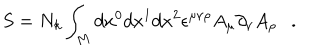
S = N _ { k } \int _ { M } d x ^ { 0 } d x ^ { 1 } d x ^ { 2 } \epsilon ^ { \mu \nu \rho } A _ { \mu } \partial _ { \nu } A _ { \rho } \ \ \ .